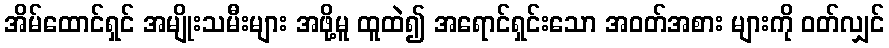
အိမ်ထောင်ရှင် အမျိုးသမီးများ အဖို့မူ ထူထဲ၍ အရောင်ရှင်းသော အဝတ်အစား များကို ဝတ်လျှင်